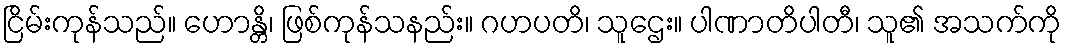
ငြိမ်းကုန်သည်။ ဟောန္တိ၊ ဖြစ်ကုန်သနည်း။ ဂဟပတိ၊ သူဌေး။ ပါဏာတိပါတီ၊ သူ၏ အသက်ကို